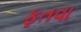
ફતવા